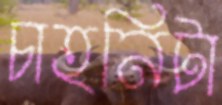
চাহনিটা